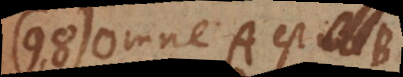
98) Omne A est B